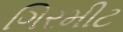
ગિરમીટ